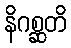
နိဂစ္ဆတိ